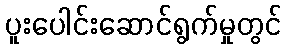
ပူးပေါင်းဆောင်ရွက်မှုတွင်